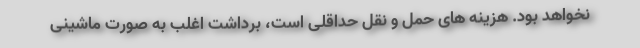
نخواهد بود. هزینه های حمل و نقل حداقلی است، برداشت اغلب به صورت ماشینی